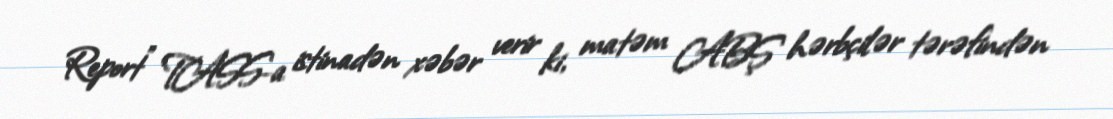
Report" TASS-a istinadən xəbər verir ki, matəm ABŞ hərbçilər tərəfindən